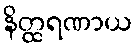
နိတ္ထရဏာယ